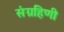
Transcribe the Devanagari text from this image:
संग्रहिणी